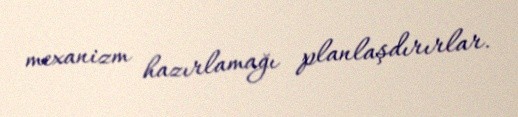
mexanizm hazırlamağı planlaşdırırlar.